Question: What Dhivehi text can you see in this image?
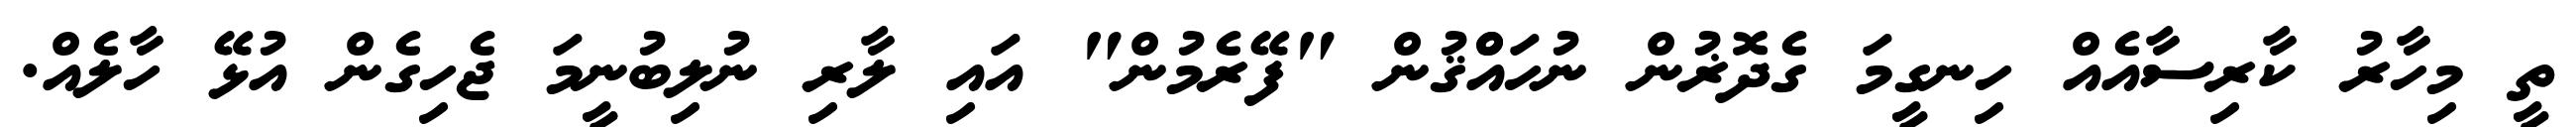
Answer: ތީ މިހާރު ކާރިސާއެއް ހިނގީމަ ގެދޮޜުން ނުހައްްޤުން "ފޭރެމުން" އައި ލާރި ނުލިބުނީމަ ޖެހިގެން އުޅޭ ހާލެއް.